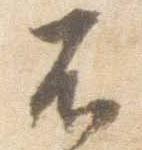
不